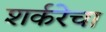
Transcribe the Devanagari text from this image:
शर्करेचा